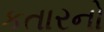
કતારનો